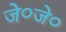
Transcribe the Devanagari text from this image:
जे०जे०